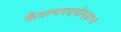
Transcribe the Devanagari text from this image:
कैवल्यपदवीम्॥७॥